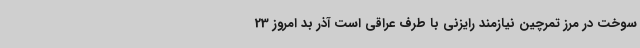
سوخت در مرز تمرچین نیازمند رایزنی با طرف عراقی است آذر بد امروز 23